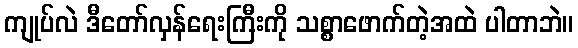
ကျုပ်လဲ ဒီတော်လှန်ရေးကြီးကို သစ္စာဖောက်တဲ့အထဲ ပါတာဘဲ။